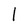
Character: l